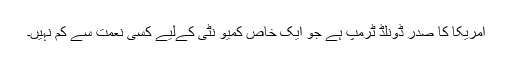
امریکا کا صدر ڈونلڈ ٹرمپ ہے جو ایک خاص کمیو نٹی کےلیے کسی نعمت سے کم نہیں۔